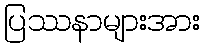
ပြဿနာများအား